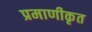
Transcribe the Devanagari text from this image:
प्रमाणीकृत